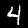
Label: 4